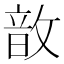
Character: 𢾚